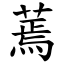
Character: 蔫